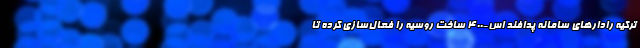
ترکیه رادارهای سامانه پدافند اس-۴۰۰ ساخت روسیه را فعال‌سازی کرده تا